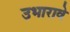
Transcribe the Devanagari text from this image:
उभारावे